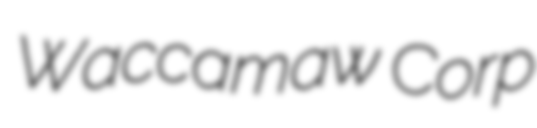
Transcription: Waccamaw Corp